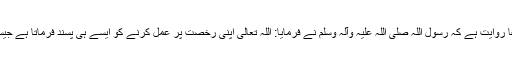
مسند احمد اور صحیح ابن حبان میں حضرت ابن عمر رضی اللہ عنہما سے مرفوعاً روایت ہے کہ رسول اللہ صلی اللہ علیہ وآلہ وسلم نے فرمایا: اللہ تعالی اپنی رخصت پر عمل کرنے کو ایسے ہی پسند فرماتا ہے جیسے اپنی نافرمانی کو ناپسند فرماتا ہے جیسے اپنی نا فرمانی پر ناراض ہوتا ہے ۔